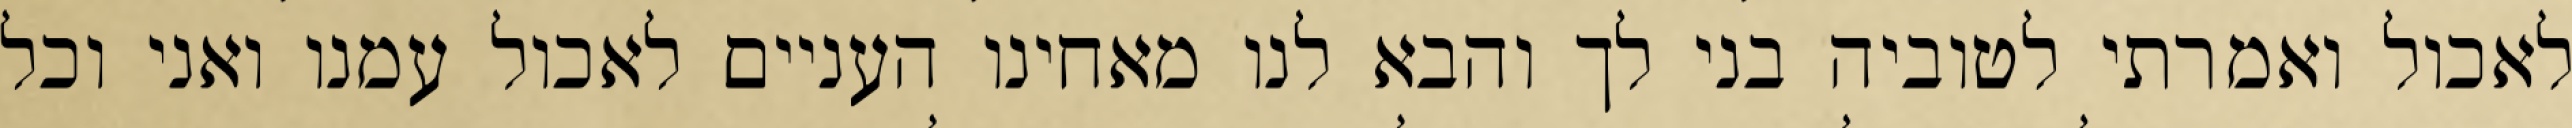
לאכול ואמרתי לטוביה בני לך והבא לנו מאחינו העניים לאכול עמנו ואני וכל